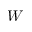
W